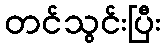
တင်သွင်းပြီး